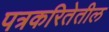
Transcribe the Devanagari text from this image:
पत्रकरितेतील